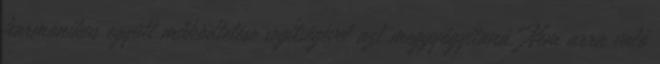
harmonikus együtt működtetése segítségével azt meggyógyítaná. Nem arra való